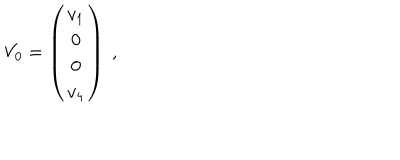
V _ { 0 } = \left( { \begin{matrix} { { v _ { 1 } } } \\ { { 0 } } \\ { { 0 } } \\ { { v _ { 4 } } } \\ \end{matrix} } \right) \ ,